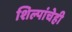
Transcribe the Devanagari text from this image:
शिल्पांचेही